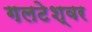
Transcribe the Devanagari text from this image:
गलटेश्वर